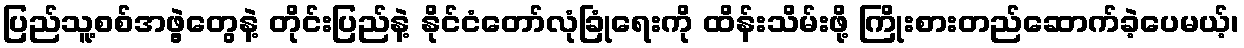
ပြည်သူ့စစ်အဖွဲ့တွေနဲ့ တိုင်းပြည်နဲ့ နိုင်ငံတော်လုံခြုံရေးကို ထိန်းသိမ်းဖို့ ကြိုးစားတည်ဆောက်ခဲ့ပေမယ့်၊